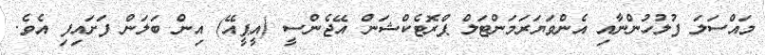
މައްސަލަ ފުލުހުންނާއި އެންވަޔަރަމަންޓަލް ޕްރޮޓެކްޝަން އޭޖެންސީ (އީޕީއޭ) އިން ބަލަން ފަށައިފި އެވެ.